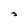
Character: 3